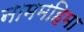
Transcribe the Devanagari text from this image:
नाममहिमा